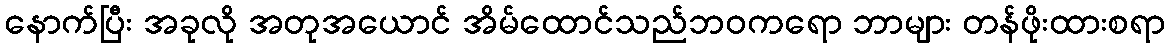
နောက်ပြီး အခုလို အတုအယောင် အိမ်ထောင်သည်ဘဝကရော ဘာများ တန်ဖိုးထားစရာ